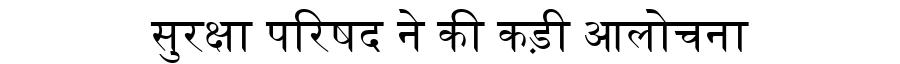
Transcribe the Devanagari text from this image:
सुरक्षा परिषद ने की कड़ी आलोचना